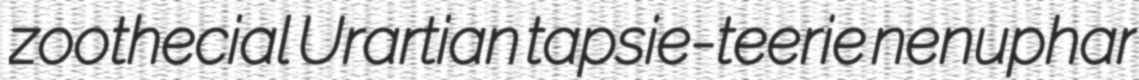
zoothecial Urartian tapsie-teerie nenuphar